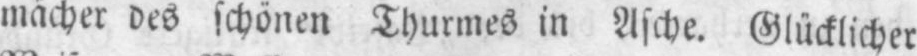
mächer des schönen Thurmes in Asche. Glücklicher